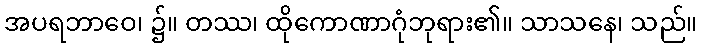
အပရဘာဝေ၊ ၌။ တဿ၊ ထိုကောဏာဂုံဘုရား၏။ သာသနေ၊ သည်။